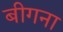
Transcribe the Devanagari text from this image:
बीगना